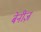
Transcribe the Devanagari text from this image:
बेनीज़